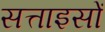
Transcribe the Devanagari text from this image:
सत्ताइसों